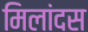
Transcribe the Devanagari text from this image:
मिलांदस